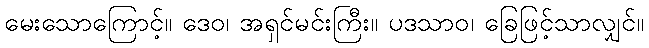
မေးသောကြောင့်။ ဒေဝ၊ အရှင်မင်းကြီး။ ပဒသာဝ၊ ခြေဖြင့်သာလျှင်။